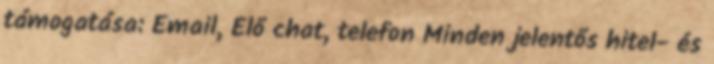
támogatása: Email, Élő chat, telefon Minden jelentős hitel- és